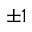
\pm 1